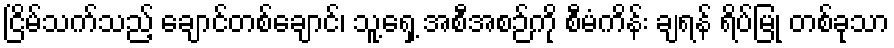
ငြိမ်သက်သည့် ချောင်တစ်ချောင်၊ သူ့ရှေ့ အစီအစဉ်ကို စီမံကိန်း ချရန် ရိပ်မြုံ တစ်ခုသာ